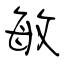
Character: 敏